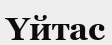
Үйтас